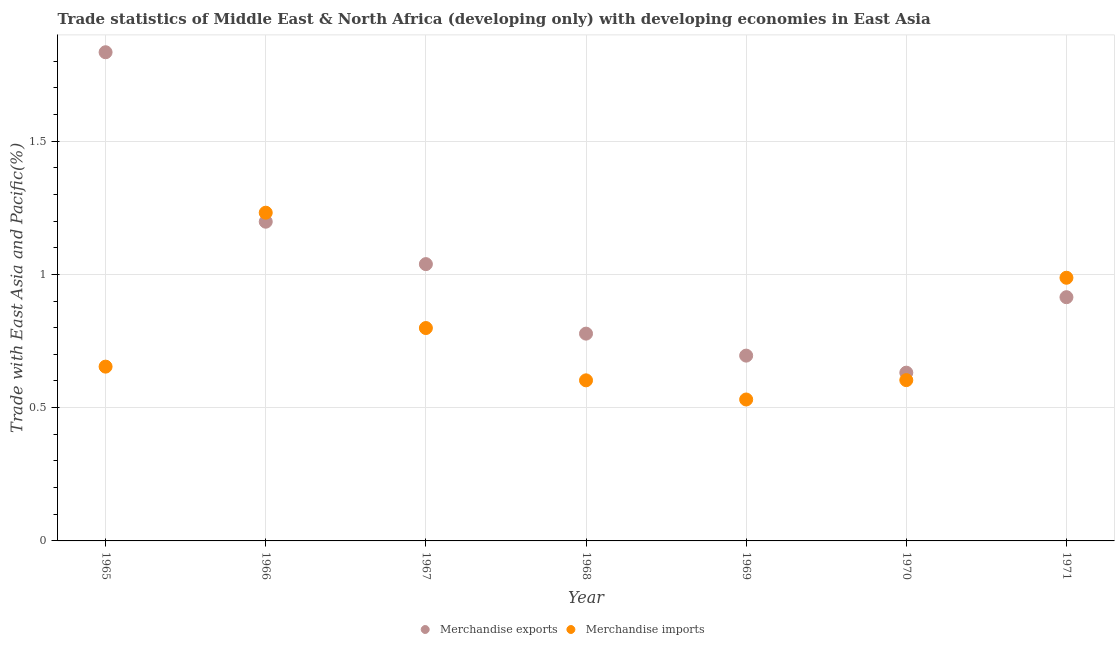
| Year | Merchandise exports | Merchandise imports |
 | --- | --- | --- |
 | 1965 | 1.83 | 0.654 |
 | 1966 | 1.2 | 1.23 |
 | 1967 | 1.04 | 0.799 |
 | 1968 | 0.778 | 0.602 |
 | 1969 | 0.695 | 0.531 |
 | 1970 | 0.631 | 0.603 |
 | 1971 | 0.914 | 0.987 |